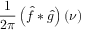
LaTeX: { \frac { 1 } { 2 \pi } } \left( { \hat { f } } * { \hat { g } } \right) ( \nu )